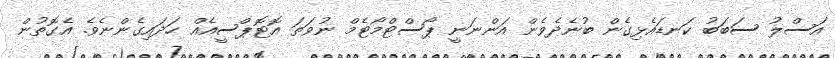
އަސްލު ސަބަބު ކަނޑައެޅިގެން ބުނެދެވެން އަންނަނީ ޕޯސްޓްމޯޓެމް ނުވަތަ އޮޓޮޕްސީއެއް ހަދައިގެންނެވެ. އެގޮތުން